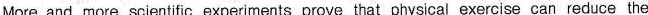
More and more scientific experiments prove that physical exercise can reduce the